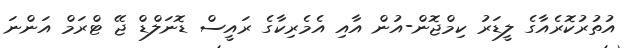
އުތުރުކޮރެއާގެ ލީޑަރު ކިމްޖޮން-އުން އާއި އެމެރިކާގެ ރައީސް ޑޮނަލްޑް ޖޭ ޓްރަމް އަންނަ